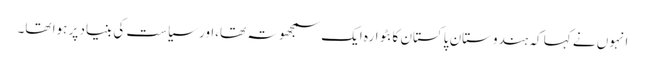
انہوں نے کہا کہ ہندوستان پاکستان کا بٹوارہ ایک سمجھوتہ تھا،اور سیاست کی بنیاد پر ہوا تھا۔